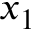
x _ { 1 }